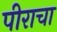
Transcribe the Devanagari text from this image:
पीराचा